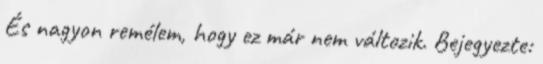
És nagyon remélem, hogy ez már nem változik. Bejegyezte: